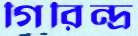
গিরিন্দ্র